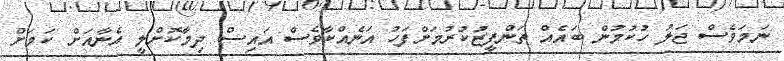
ނަމަވެސް ޖަލު ހުކުމުން ބައެއް ތަންފީޒުކުރުމަށްފަހު އަނެއްކާވެސް އައިސް ދިމާކޮށްލީ އެނާއަށް ކަމަށް